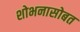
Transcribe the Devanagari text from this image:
शोभनासोबत